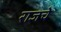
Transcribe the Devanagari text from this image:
राजचे